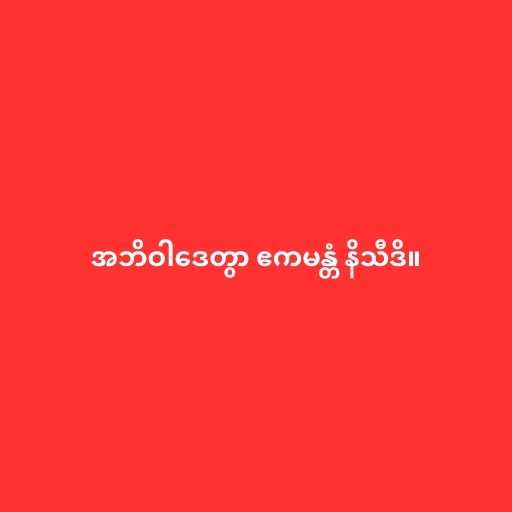
အဘိဝါဒေတွာ ဧကမန္တံ နိသီဒိ။